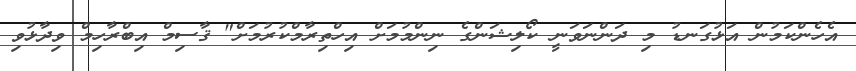
އެހެންކަމުން އަޅުގަނޑު މި ދަންނަވަނީ ކޯލިޝަންގެ ނިންމުމަށް އިހްތިރާމްކުރުމަށް" ޤާސިމް އިބްރާހިމް ވިދާޅުވި